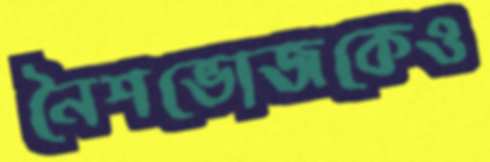
নৈশভোজকেও